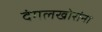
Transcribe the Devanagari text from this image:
दंगलखोरांना